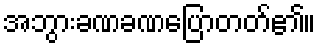
အဘွားခဏခဏပြောတတ်၏။